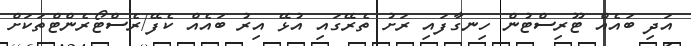
އަދި ބައެއް ޓޫރިސްޓުން ހިނގާފައި ރަށު ތެރޭގައި އުޅޭ އިރު ބައެއް ކެފޭ/ރެސްޓޯރެންޓްތަކަށް